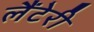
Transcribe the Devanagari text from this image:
लैंटेरी